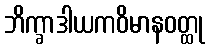
ဘိက္ခာဒါယကဝိမာနဝတ္ထု